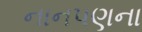
નાનપણના